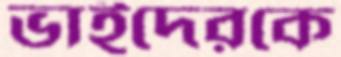
ভাইদেরকে